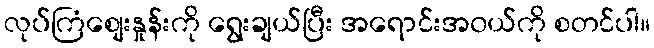
လုပ်ကြံစျေးနှုန်းကို ရွေးချယ်ပြီး အရောင်းအ၀ယ်ကို စတင်ပါ။